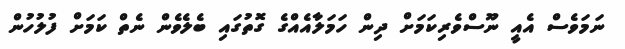
ނަމަވެސް އެއީ ނޫސްވެރިކަމަށް ދިން ހަމަލާއެއްގެ ގޮތުގައި ބެލެވެން ނެތް ކަމަށް ފުލުހުން